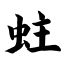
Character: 蛀